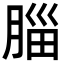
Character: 䐉